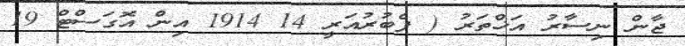
ޖާން ނިސާރު އަޚްތަރު ( ފެބުރުއަރީ 14 1914 އިން އޮގަސްޓް 19